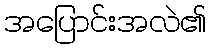
အပြောင်းအလဲ၏